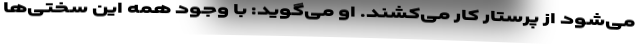
می‌شود از پرستار کار می‌کشند. او می‌گوید: با وجود همه این سختی‌ها